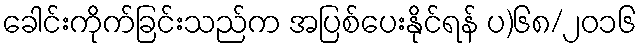
ခေါင်းကိုက်ခြင်းသည်က အပြစ်ပေးနိုင်ရန် ပ)၆၈/၂၀၁၆